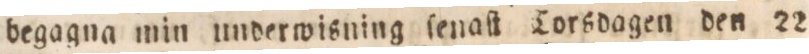
begagna min underwisning ſenaſt Torsdagen den 22